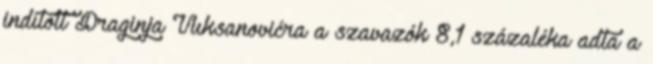
indított Draginja Vuksanovićra a szavazók 8,1 százaléka adta a